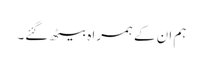
ہم ان کے ہمراہ بیٹھ گئے۔